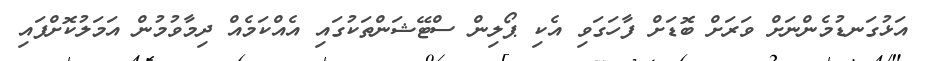
އަޅުގަނޑުމެންނަށް ވަރަށް ބޮޑަށް ފާހަގަވި އެކި ޕޯލިން ސްޓޭޝަންތަކުގައި އެއްކަމެއް ދިމާވުމުން އަމަލުކޮށްފައި